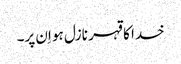
خدا کا قہر نازل ہو اِن پر۔